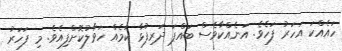
ހައެއްކަ އަހަރު ފަހެވެ. އަނެއްކާވެސް ބައްޕަ ދަރިފުޅާ ކަމެއް ހަވާލުކޮށްފިއެވެ. މި ފަހަރު